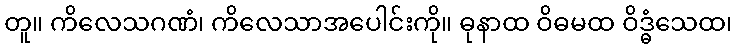
တူ။ ကိလေသဂဏံ၊ ကိလေသာအပေါင်းကို။ ဓုနာထ ဝိဓမထ ဝိဒ္ဓံသေထ၊